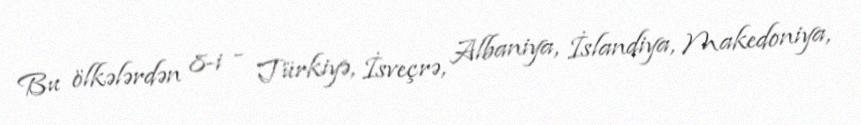
Bu ölkələrdən 8-i - Türkiyə, İsveçrə, Albaniya, İslandiya, Makedoniya,